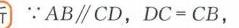
$\because AB\parallel CD,DC = CB,$